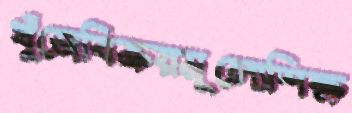
খুঁজেবিক্রয়মূল্যেশিক্ষ